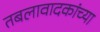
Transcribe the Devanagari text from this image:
तबलावादकांच्या